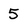
Character: 5